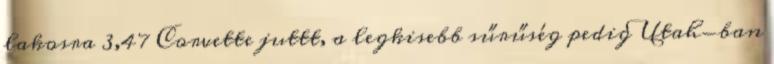
lakosra 3,47 Corvette juttt, a legkisebb sűrűség pedig Utah-ban